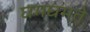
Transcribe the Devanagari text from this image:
घमघमते